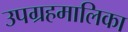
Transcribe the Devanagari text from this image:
उपग्रहमालिका